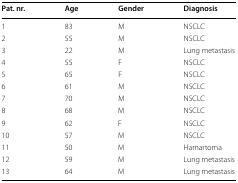
<table><thead><tr><td><b>Pat. nr.</b></td><td><b>Age</b></td><td><b>Gender</b></td><td><b>Diagnosis</b></td></tr></thead><tbody><tr><td>1</td><td>83</td><td>M</td><td>NSCLC</td></tr><tr><td>2</td><td>55</td><td>M</td><td>NSCLC</td></tr><tr><td>3</td><td>22</td><td>M</td><td>Lung metastasis</td></tr><tr><td>4</td><td>55</td><td>F</td><td>NSCLC</td></tr><tr><td>5</td><td>65</td><td>F</td><td>NSCLC</td></tr><tr><td>6</td><td>61</td><td>M</td><td>NSCLC</td></tr><tr><td>7</td><td>70</td><td>M</td><td>NSCLC</td></tr><tr><td>8</td><td>68</td><td>M</td><td>NSCLC</td></tr><tr><td>9</td><td>62</td><td>F</td><td>NSCLC</td></tr><tr><td>10</td><td>57</td><td>M</td><td>NSCLC</td></tr><tr><td>11</td><td>50</td><td>M</td><td>Hamartoma</td></tr><tr><td>12</td><td>59</td><td>M</td><td>Lung metastasis</td></tr><tr><td>13</td><td>64</td><td>M</td><td>Lung metastasis</td></tr></tbody></table>